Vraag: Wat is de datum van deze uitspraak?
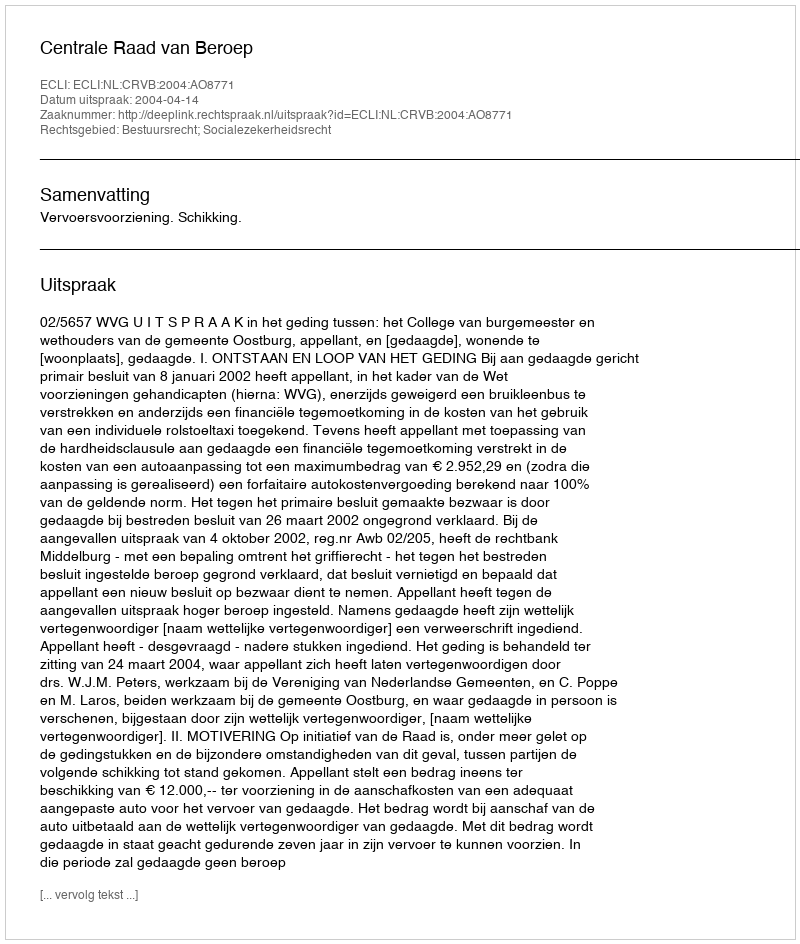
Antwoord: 2004-04-14